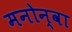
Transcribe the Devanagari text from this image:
मनोन्वा